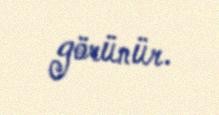
görünür.